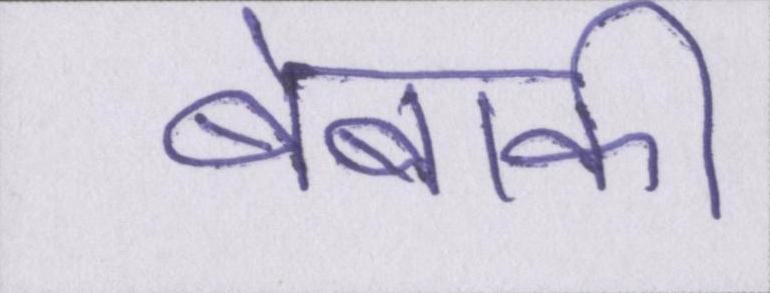
बेबाकी